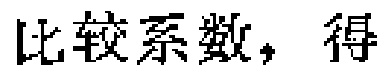
比较系数，得